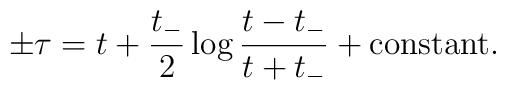
\pm \tau = t + \frac{t_-}{2} \log \frac{ t - t_-}{t+t_-} +\mbox{constant} .